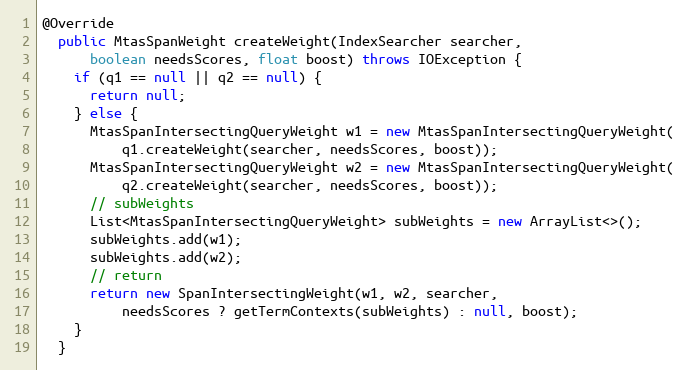
Language: Java
@Override
  public MtasSpanWeight createWeight(IndexSearcher searcher,
      boolean needsScores, float boost) throws IOException {
    if (q1 == null || q2 == null) {
      return null;
    } else {
      MtasSpanIntersectingQueryWeight w1 = new MtasSpanIntersectingQueryWeight(
          q1.createWeight(searcher, needsScores, boost));
      MtasSpanIntersectingQueryWeight w2 = new MtasSpanIntersectingQueryWeight(
          q2.createWeight(searcher, needsScores, boost));
      // subWeights
      List<MtasSpanIntersectingQueryWeight> subWeights = new ArrayList<>();
      subWeights.add(w1);
      subWeights.add(w2);
      // return
      return new SpanIntersectingWeight(w1, w2, searcher,
          needsScores ? getTermContexts(subWeights) : null, boost);
    }
  }